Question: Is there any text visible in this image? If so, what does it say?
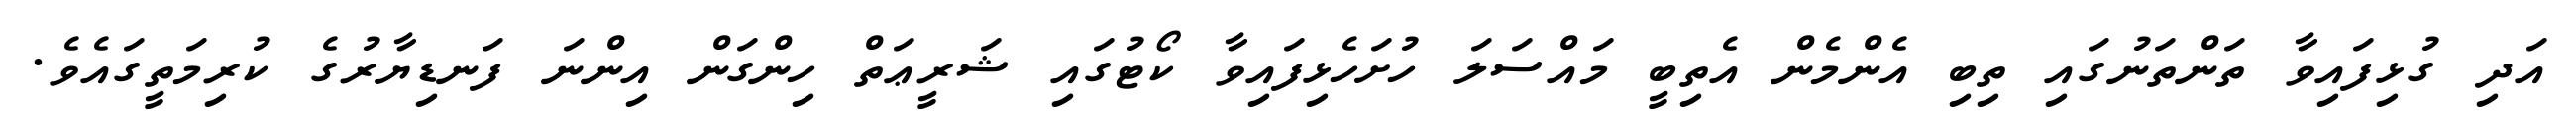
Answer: އަދި ގުޅިފައިވާ ތަންތަނުގައި ތިބި އެންމެން އެތިބީ މައްސަލަ ހުށަހެޅިފައިވާ ކޯޓުގައި ޝަރީޢަތް ހިންގަން އިންނަ ފަނޑިޔާރުގެ ކުރިމަތީގައެވެ.